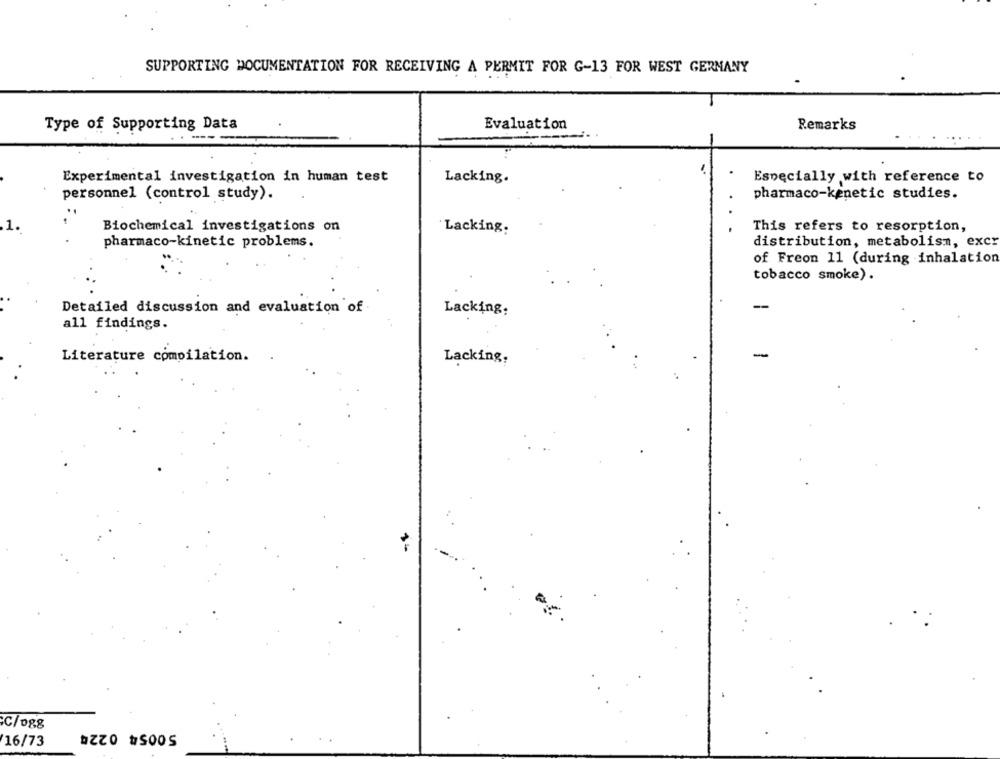
SUPPORTING DOCUMENTATION FOR RECEIVING A PERMIT FOR G-13 FOR WEST GERMANY
Type of Supporting Data
Evaluation
Remarks
Experimental investigation in human test
Lacking.
Especially with reference to
personnel (control study).
pharmaco-kenetic studies.
Biochemical investigations on
This refers to resorption,
Lacking.
pharmaco-kinetic problems.
distribution, metabolism, excr
of Freon 11 (during inhalation
tobacco smoke).
Detailed discussion and evaluation of
Lacking:
-
all findings.
-
Literature compilation.
Lacking.
C/ogg
16/73